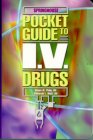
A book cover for Pocket Guide to I.V. Drugs; Springhouse; Medical Books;